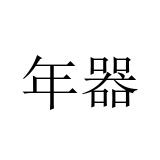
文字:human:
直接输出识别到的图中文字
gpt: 年器